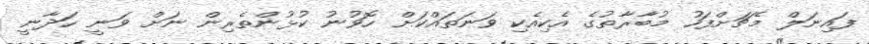
ފައިނަލް މެޗަށްފަހު މުބާރާތުގެ އެކިއެކި ވަނަތައްކަށް ހޮވުނު ކުޅުންތެރިން ނަށް ވަނީ ހަދާނީ